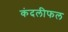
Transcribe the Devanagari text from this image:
कंदलीफल